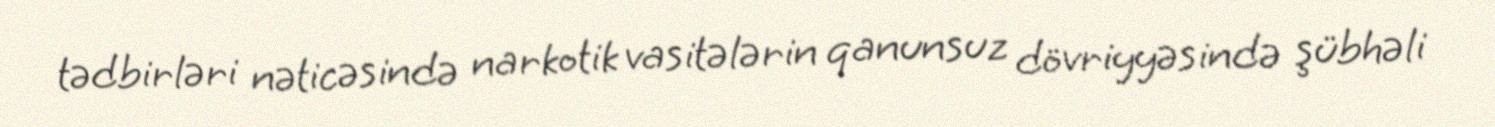
tədbirləri nəticəsində narkotik vasitələrin qanunsuz dövriyyəsində şübhəli